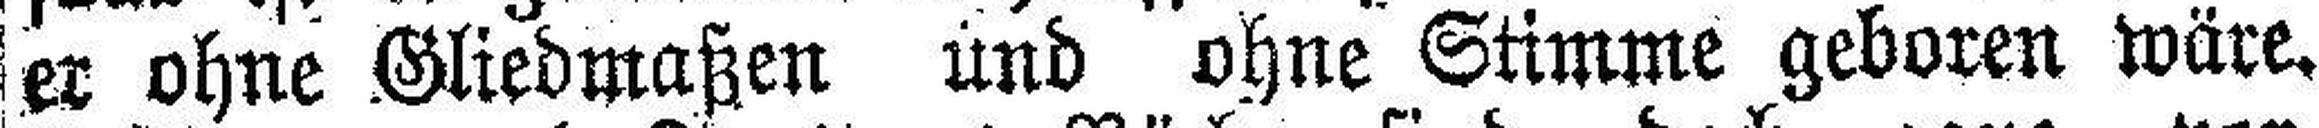
er ohne Gliedmaßen und ohne Stimme geboren wäre.